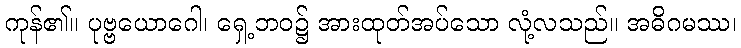
ကုန်၏။ ပုဗ္ဗယောဂေါ၊ ရှေ့ဘဝ၌ အားထုတ်အပ်သော လုံ့လသည်။ အဓိဂမဿ၊